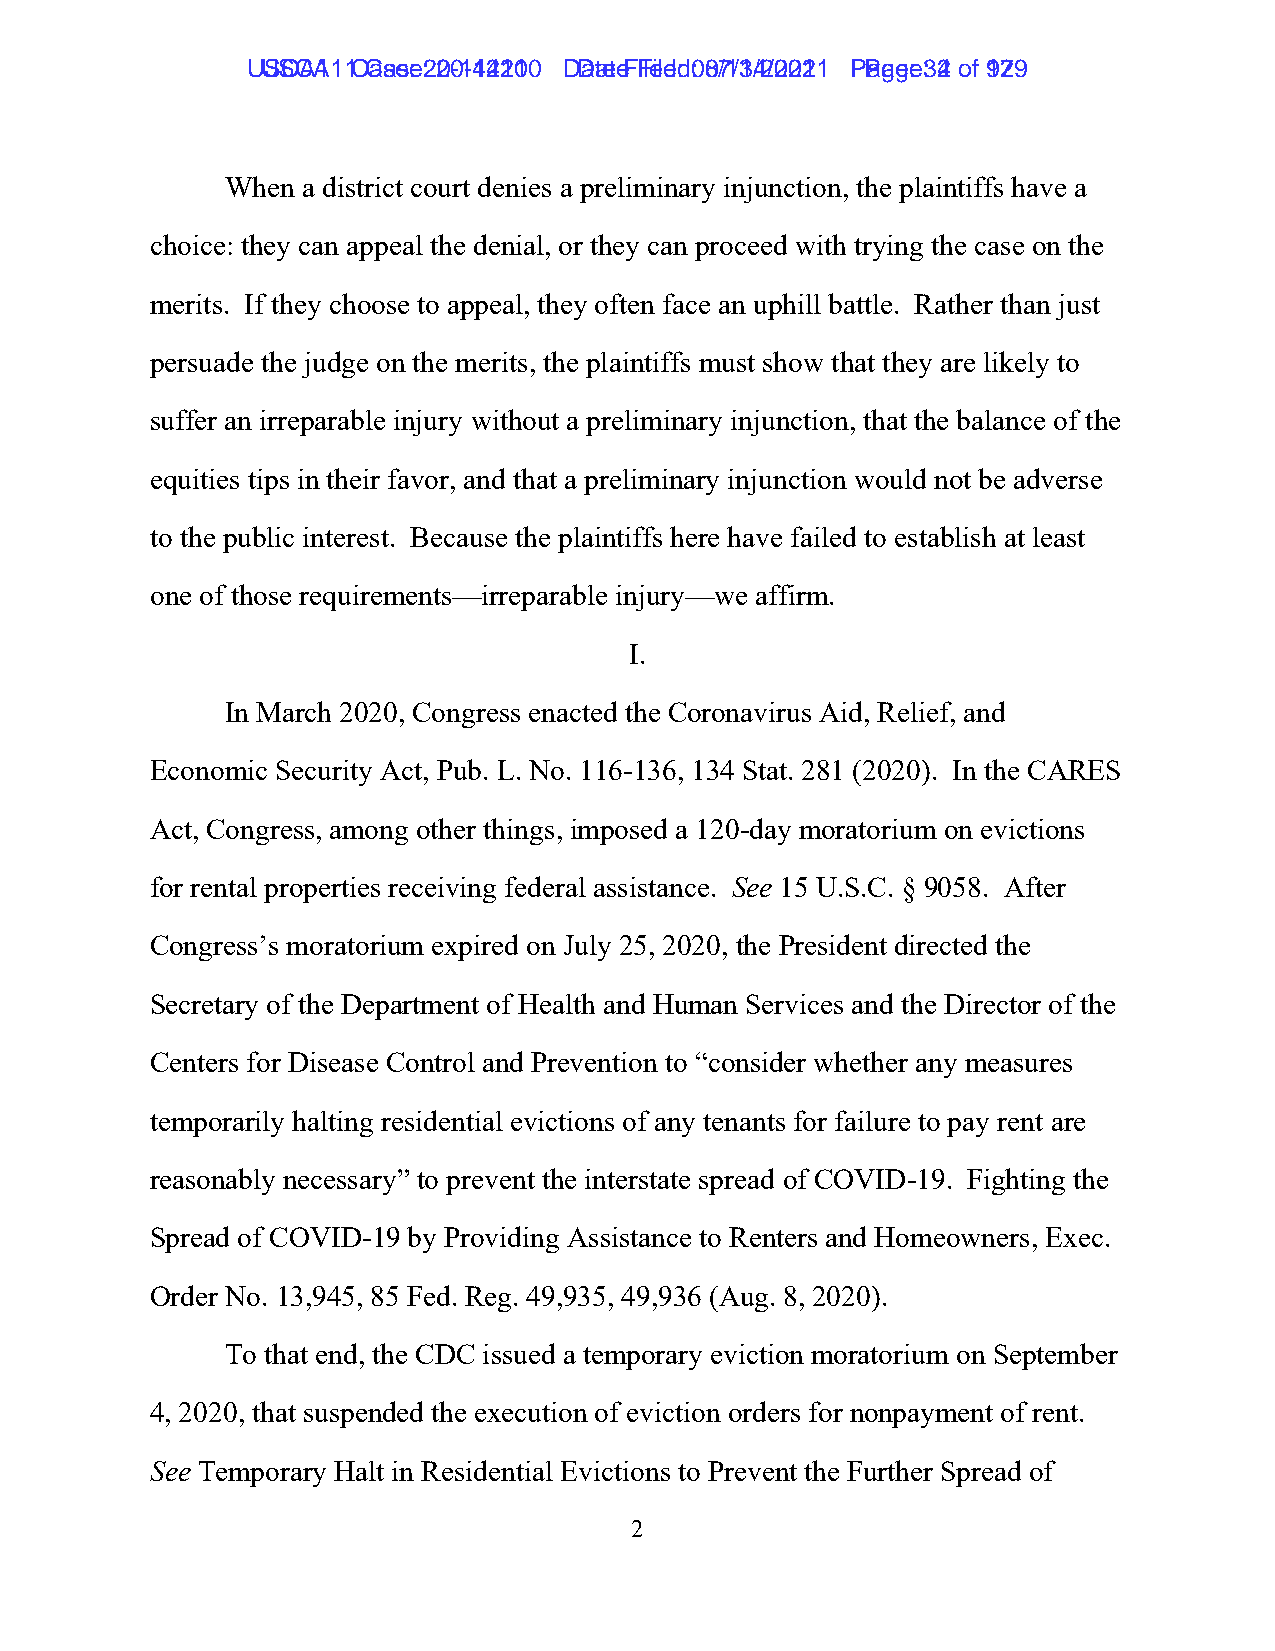
UUSSCCAA111 1C Casaes:e 2: 02-01-41241201 0 D Dataet eF Fileilde:d 0: 80/71/31/42/022012 1 P Pagaeg:e 3: 42 ooff 19279
 When a district court denies a preliminary injunction, the plaintiffs have a
 choice: they can appeal the denial, or they can proceed with trying the case on the
 merits. If they choose to appeal, they often face an uphill battle. Rather than just
 persuade the judge on the merits, the plaintiffs must show that they are likely to
 suffer an irreparable injury without a preliminary injunction, that the balance of the
 equities tips in their favor, and that a preliminary injunction would not be adverse
 to the public interest. Because the plaintiffs here have failed to establish at least
 one of those requirements—irreparable injury—we affirm.
 I.
 In March 2020, Congress enacted the Coronavirus Aid, Relief, and
 Economic Security Act, Pub. L. No. 116-136, 134 Stat. 281 (2020). In the CARES
 Act, Congress, among other things, imposed a 120-day moratorium on evictions
 for rental properties receiving federal assistance. See 15 U.S.C. § 9058. After
 Congress’s moratorium expired on July 25, 2020, the President directed the
 Secretary of the Department of Health and Human Services and the Director of the
 Centers for Disease Control and Prevention to “consider whether any measures
 temporarily halting residential evictions of any tenants for failure to pay rent are
 reasonably necessary” to prevent the interstate spread of COVID-19. Fighting the
 Spread of COVID-19 by Providing Assistance to Renters and Homeowners, Exec.
 Order No. 13,945, 85 Fed. Reg. 49,935, 49,936 (Aug. 8, 2020).
 To that end, the CDC issued a temporary eviction moratorium on September
 4, 2020, that suspended the execution of eviction orders for nonpayment of rent.
 See Temporary Halt in Residential Evictions to Prevent the Further Spread of
 2